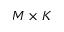
M \times K